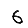
Digit: 6